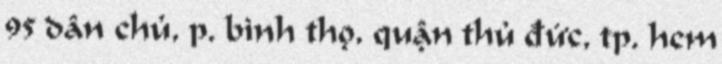
95 dân chủ, p. bình thọ, quận thủ đức, tp. hcm